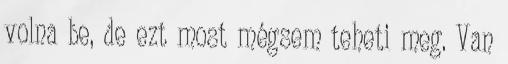
volna be, de ezt most mégsem teheti meg. Van